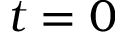
t = 0